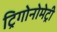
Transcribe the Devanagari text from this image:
ट्रिगोनोमेट्री